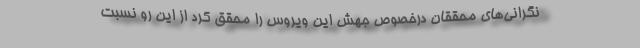
نگرانی‌های محققان درخصوص جهش این ویروس را محقق کرد از این رو نسبت